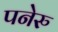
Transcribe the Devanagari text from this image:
पनेरु